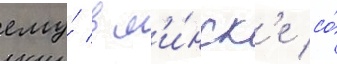
ему́ в м'и́нск'е со́